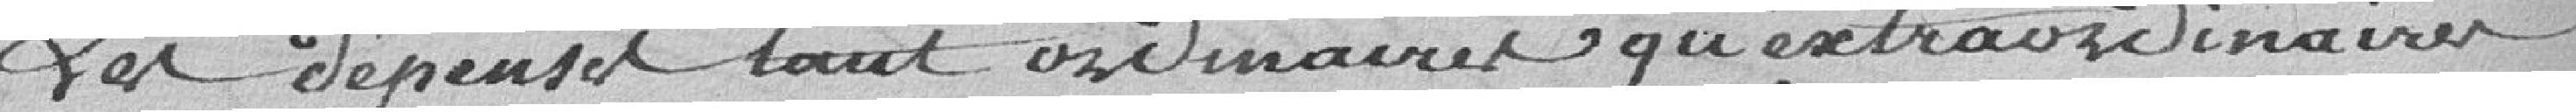
Les dépenses tant ordinaires qu'extraordinaires